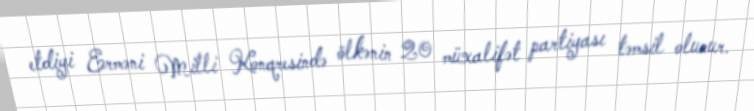
etdiyi Erməni Milli Konqresində ölkənin 20 müxalifət partiyası təmsil olunur.